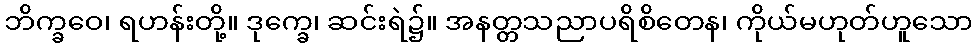
ဘိက္ခဝေ၊ ရဟန်းတို့။ ဒုက္ခေ၊ ဆင်းရဲ၌။ အနတ္တသညာပရိစိတေန၊ ကိုယ်မဟုတ်ဟူသော